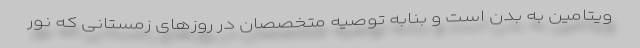
ویتامین به بدن است و بنابه‌ توصیه متخصصان در روزهای زمستانی که نور